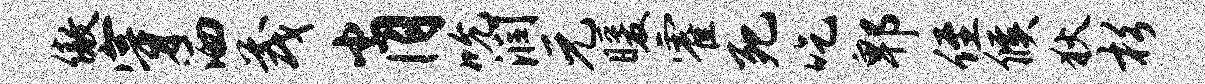
傲穿洒茂肖吮润元暖霍死吃郫侄候狄杉